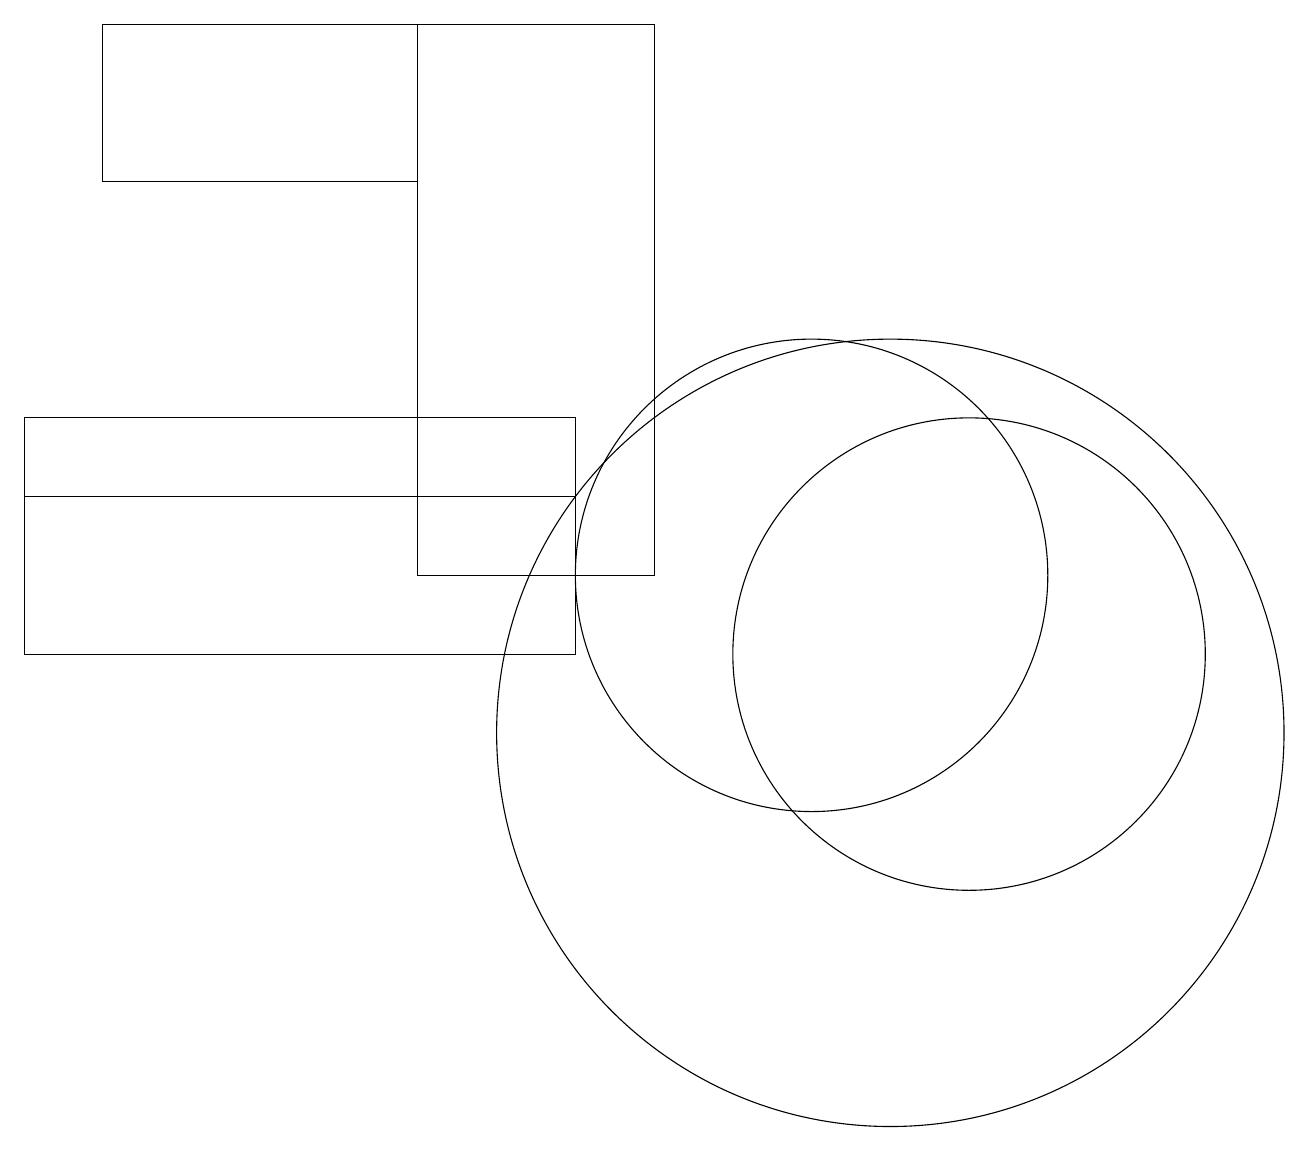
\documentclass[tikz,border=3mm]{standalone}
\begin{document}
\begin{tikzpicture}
\draw (12,11) circle (3);
\draw (7,14) rectangle (0,13);
\draw (8,19) rectangle (5,12);
\draw (7,11) rectangle (0,14);
\draw (1,17) rectangle (5,19);
\draw (11,10) circle (5);
\draw (10,12) circle (3);
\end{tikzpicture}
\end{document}